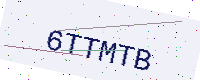
Text: 6TTMTB